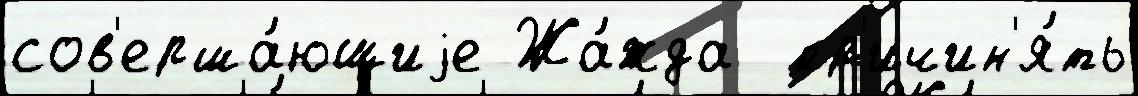
сов'ерша́ющиjе Жа́жда  пр'ичин'я́ть